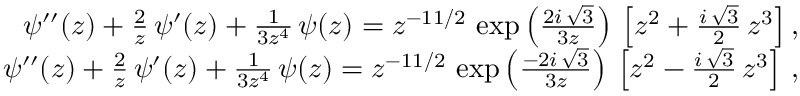
\begin{array} { r l r } & { } & { \psi ^ { \prime \prime } ( z ) + \frac { 2 } { z } \, \psi ^ { \prime } ( z ) + \frac { 1 } { 3 z ^ { 4 } } \, \psi ( z ) = z ^ { - 1 1 / 2 } \, \exp \left( \frac { 2 i \, \sqrt { 3 } } { 3 z } \right) \, \left[ z ^ { 2 } + \frac { i \, \sqrt { 3 } } { 2 } \, z ^ { 3 } \right] , } \\ & { } & { \psi ^ { \prime \prime } ( z ) + \frac { 2 } { z } \, \psi ^ { \prime } ( z ) + \frac { 1 } { 3 z ^ { 4 } } \, \psi ( z ) = z ^ { - 1 1 / 2 } \, \exp \left( \frac { - 2 i \, \sqrt { 3 } } { 3 z } \right) \, \left[ z ^ { 2 } - \frac { i \, \sqrt { 3 } } { 2 } \, z ^ { 3 } \right] \, , } \end{array}